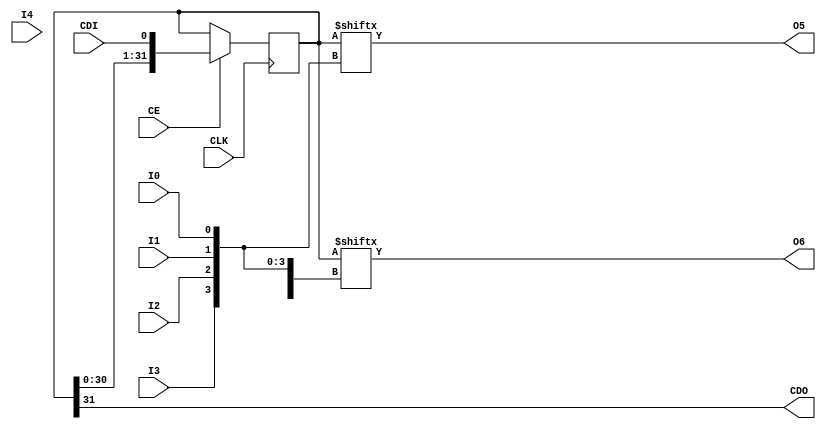
///////////////////////////////////////////////////////////////////////////////
// Copyright (c) 1995/2015 Xilinx, Inc.
// All Right Reserved.
///////////////////////////////////////////////////////////////////////////////
//   ____  ____
//  /   /\/   /
// /___/  \  /    Vendor : Xilinx
// \   \   \/     Version : 2015.4
//  \   \         Description : Xilinx Formal Library Component
//  /   /                  5-input Dynamically Reconfigurable Look-Up-Table with Carry and Clock Enable
// /___/   /\     Filename : CFGLUT5.v
// \   \  /  \
//  \___\/\___\
//
///////////////////////////////////////////////////////////////////////////////
// Revision:
//    12/27/05 - Initial version.
// End Revision
///////////////////////////////////////////////////////////////////////////////

`timescale  1 ps / 1 ps

`celldefine

module CFGLUT5 (CDO, O5, O6, CDI, CE, CLK, I0, I1, I2, I3, I4);

  parameter [31:0] INIT = 32'h00000000;
  parameter [0:0]  IS_CLK_INVERTED = 1'b0;

`ifdef XIL_TIMING //Simprim
 
  parameter LOC = "UNPLACED";

`endif

    output CDO;
    output O5;
    output O6;

    input  I4, I3, I2, I1, I0;
    input  CDI, CE, CLK;

    reg  [31:0] data;

    wire CLK_in;

    assign  O6 = data[{I4, I3, I2, I1, I0}];
    assign  O5 = data[{I3, I2, I1, I0}];
    assign  CDO = data[31];

    assign CLK_in = IS_CLK_INVERTED ^ CLK;

    initial
    begin
       data <= INIT;
    end

    always @(posedge CLK_in)
  if (CE == 1'b1) begin
      data <= #100 {data[30:0], CDI};
        end

endmodule

`endcelldefine